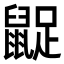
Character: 𪕝